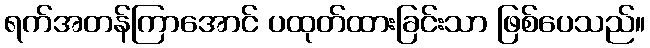
ရက်အတန်ကြာအောင် ပထုတ်ထားခြင်းသာ ဖြစ်ပေသည်။